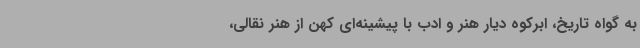
به گواه تاریخ، ابرکوه دیار هنر و ادب با پیشینه‌ای کهن از هنر نقالی،